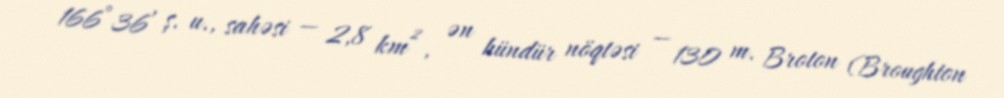
166°36′ ş. u., sahəsi — 2,8 km², ən hündür nöqtəsi — 130 m. Broton (Broughton